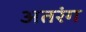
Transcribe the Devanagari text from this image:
अतरंग